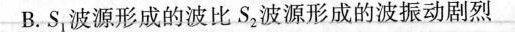
B.S_{1}波源形成的波比S_{2}波源形成的波振动剧烈